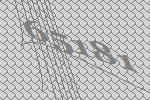
65181